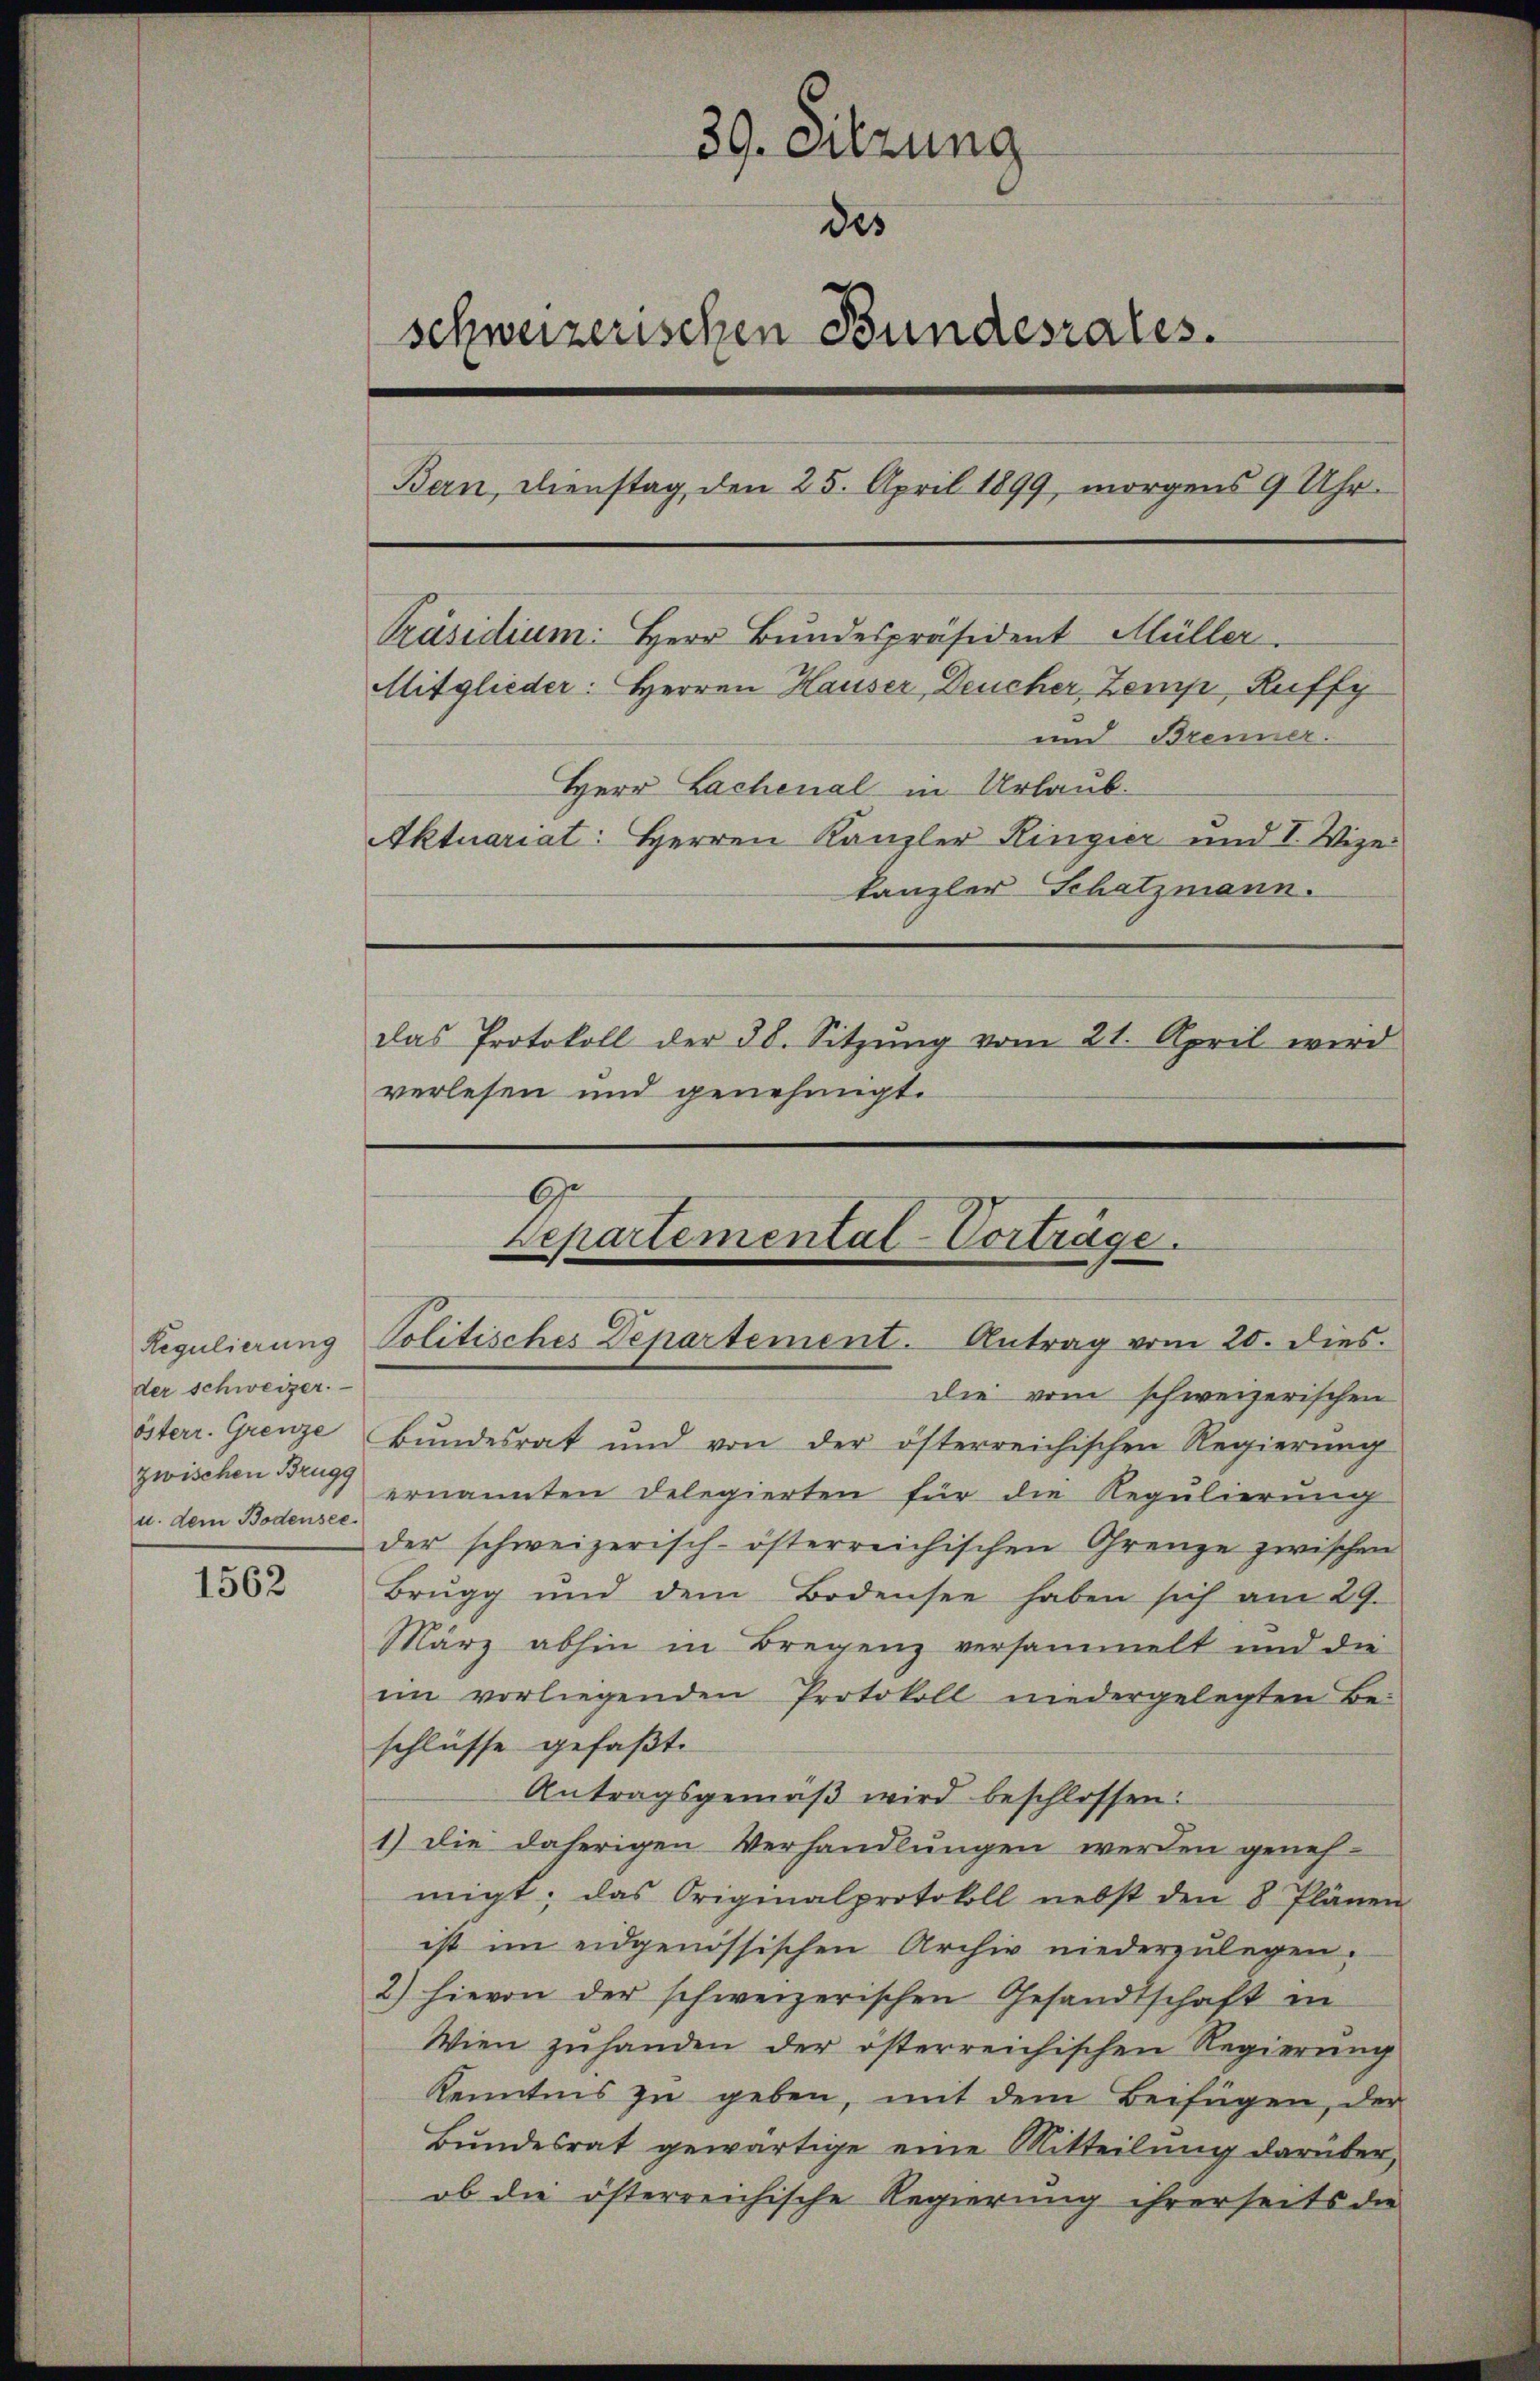
der schweizer.
zwischen Brugg
u. dem Bodensee.

1562

39. Sitzung
des
schweizerischen Bundesrates.
Bern, Dienstag, den 25. April 1899, morgens 9 Uhr.
Präsidium: Herr Bundespräsident Müller.
Mitglieder: Herren Hauser, Deucher Zemp, Huffy
und Brenner.
Herr Lachenal in Urlaub.
Aktuariat: Herren Kanzler Kingier und I. Wizekanzler Schatzmann.
das Protokoll der 38. Sitzŭng vom 21. April wird
verlesen und genehmigt.

die vom schweizerischen
österr. Grenze Bŭndesrat und von der österreichischen Regierŭng
ernannten Delegierten für die Regulierung
der schweizerisch-österreichischen Grenze zwischen
Brugg und dem Bodensee haben sich am 29.
März abhin in Bregenz versammelt und die
iin vorliegenden Protokoll niedergelegten Be-
schlüsse gefaßt.
Antragsgemäβ wird beschlossen:
1) die daherigen Verhandlungen werden genehmigt; das Originalprotokoll nebst den 8 Plänen
ist im eidgenössischen Archiv niederzulegen.
2) hievon der schweizerischen Gesandtschaft in
Wien zŭ handen der österreichischen Regierŭng
Kenntnis zu geben, mit dem Beifügen, der
Bundesrat gewärtige eine Mitteilung darüber
ob die österreichische Regierung ihrerseits die

9
Departemental-Vorträge.
Regulierung Politisches Departement. Antrag vom 20. dies.